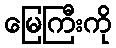
မြေကြီးကို